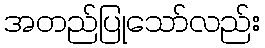
အတည်ပြုသော်လည်း